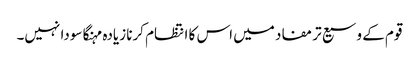
قوم کے وسیع تر مفاد میں اس کا انتظام کرنا زیادہ مہنگا سودا نہیں۔